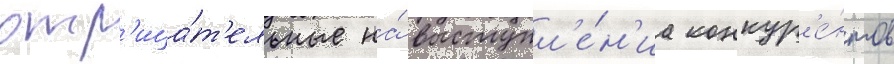
отр'ица́т'ельные на́ выступл'е́н'иа конкур'е́нтов